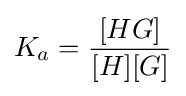
K_{a}={\frac {[HG]}{[H][G]}}